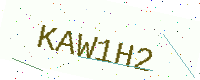
Text: KAW1H2